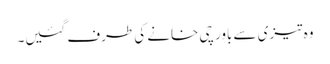
وہ تیزی سے باورچی خانے کی طرف گئیں۔